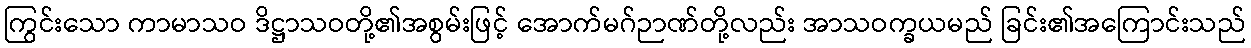
ကြွင်းသော ကာမာသဝ ဒိဋ္ဌာသဝတို့၏အစွမ်းဖြင့် အောက်မဂ်ဉာဏ်တို့လည်း အာသဝက္ခယမည် ခြင်း၏အကြောင်းသည်